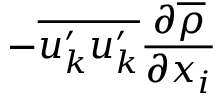
- \overline { { u _ { k } ^ { \prime } u _ { k } ^ { \prime } } } \frac { \partial \overline { { \rho } } } { \partial x _ { i } }